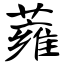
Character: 蕹